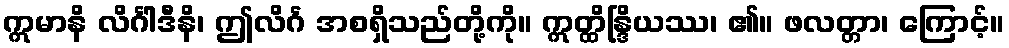
ဣမာနိ လိင်္ဂါဒီနိ၊ ဤလိင်္ဂ အစရှိသည်တို့ကို။ ဣတ္ထိန္ဒြိယဿ၊ ၏။ ဖလတ္တာ၊ ကြောင့်။